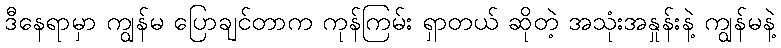
ဒီနေရာမှာ ကျွန်မ ပြောချင်တာက ကုန်ကြမ်း ရှာတယ် ဆိုတဲ့ အသုံးအနှုန်းနဲ့ ကျွန်မနဲ့